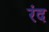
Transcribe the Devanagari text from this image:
रंद